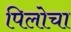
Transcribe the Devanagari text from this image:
पिलोचा